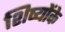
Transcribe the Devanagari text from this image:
शिष्योंके